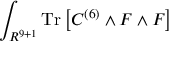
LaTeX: \int _ { R ^ { 9 + 1 } } \mathrm { T r } \left[ C ^ { ( 6 ) } \wedge F \wedge F \right]